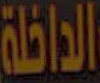
الداخلة